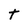
Character: t